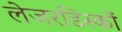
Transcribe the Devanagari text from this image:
लेजरडिस्कों